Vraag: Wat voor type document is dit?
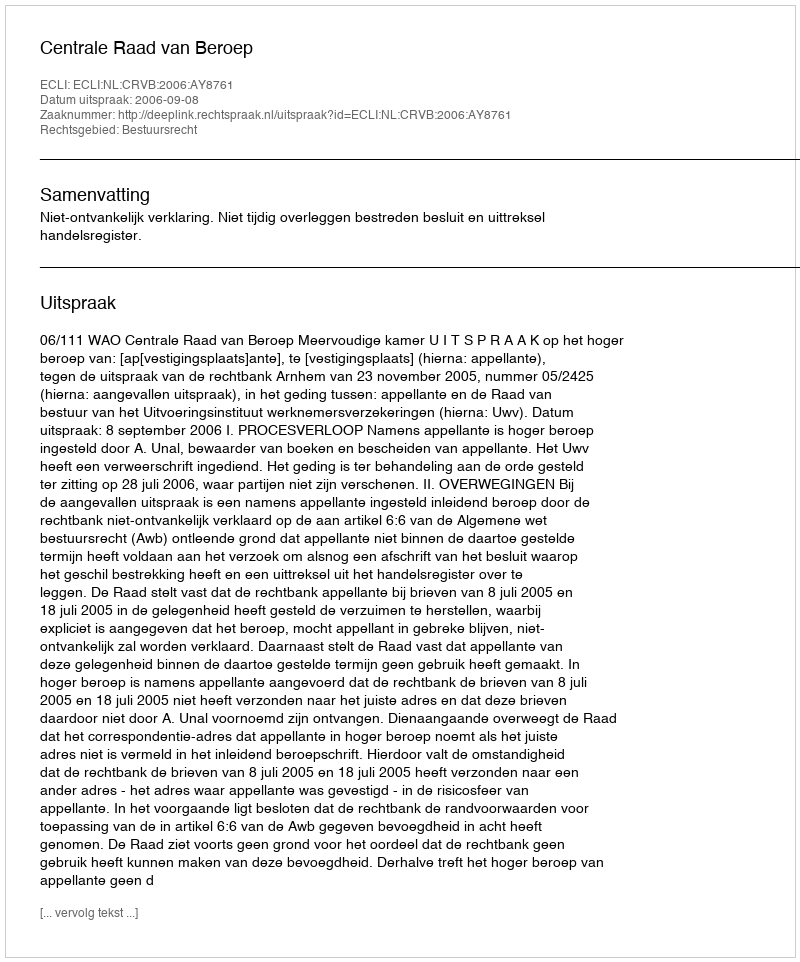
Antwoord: Uitspraak